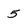
Character: 5